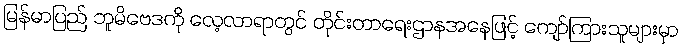
မြန်မာပြည် ဘူမိဗေဒကို လေ့လာရာတွင် တိုင်းတာရေးဌာနအနေဖြင့် ကျော်ကြားသူများမှာ